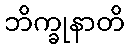
ဘိက္ခုနာတိ